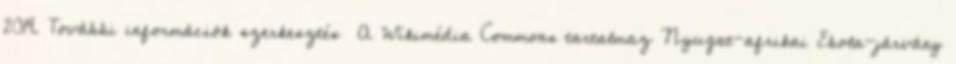
2014. További információk szerkesztés A Wikimédia Commons tartalmaz Nyugat-afrikai Ebola-járvány